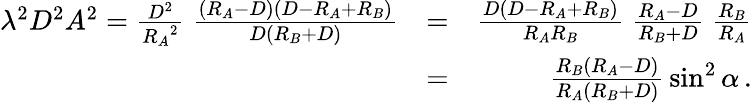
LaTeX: \begin{array}{rlr}{\lambda^{2}D^{2}A^{2}={\frac{D^{2}}{{R_{A}}^{2}}}\; {\frac{(R_{A}-D)(D-R_{A}+R_{B})}{D(R_{B}+D)}}}&{=}&{{\frac{D(D-R_{A}+R_{B})}{R_{A}R_{B}}}\; {\frac{R_{A}-D}{R_{B}+D}}\; {\frac{R_{B}}{R_{A}}}}\\ &{=}&{{\frac{R_{B}(R_{A}-D)}{R_{A}(R_{B}+D)}}\sin^{2}\alpha\, .}\end{array}